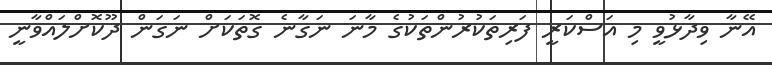
އޭނާ ވިދާޅުވީ މި އަސްކަރީ ފަރިތަކުރުންތަކުގެ މާނަ ނަގާނެ ގޮތަކަށް ނަގަން ދޫކޮށްލައްވާނީ